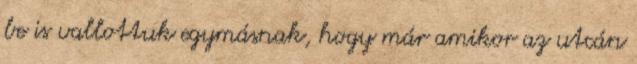
be is vallottuk egymásnak, hogy már amikor az utcán